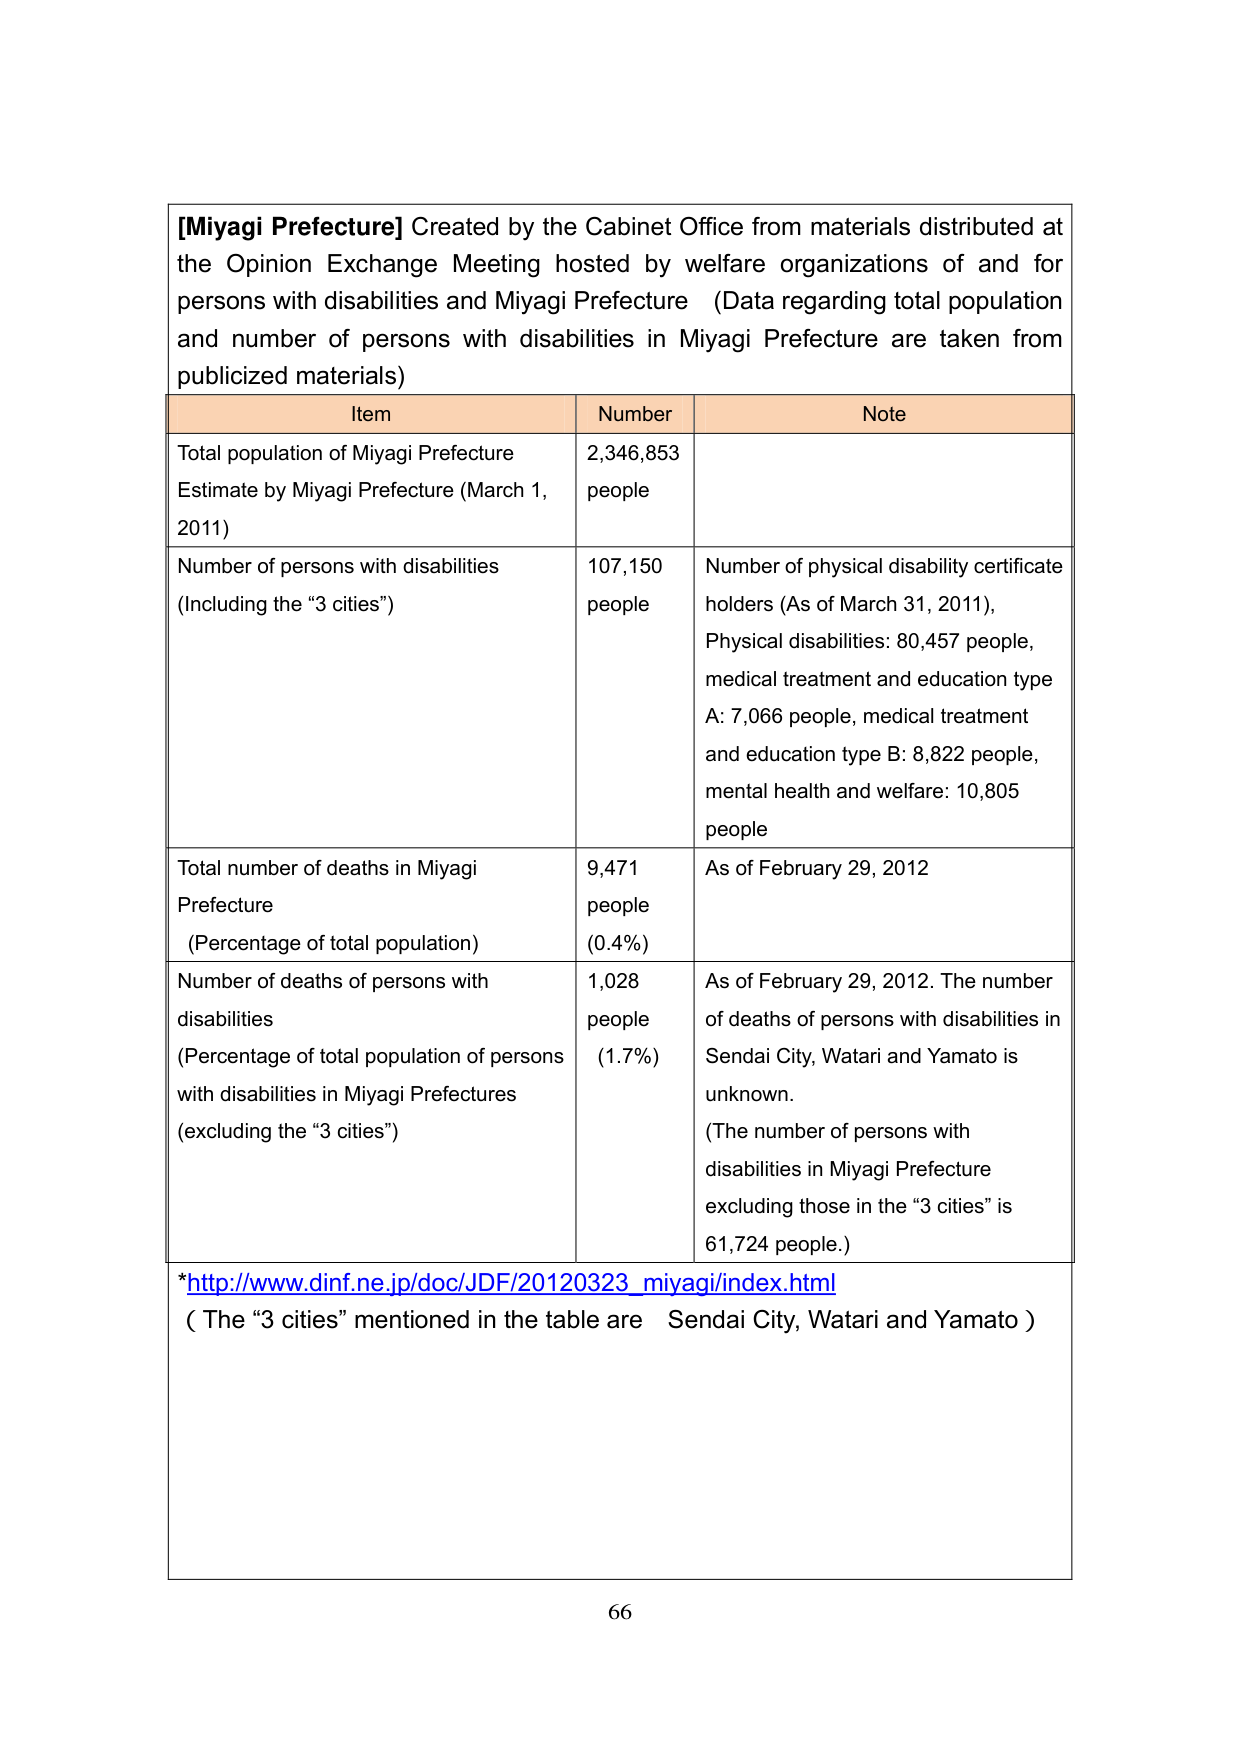
[Miyagi Prefecture] Created by the Cabinet Office from materials distributed at the Opinion Exchange Meeting hosted by welfare organizations of and for persons with disabilities and Miyagi Prefecture (Data regarding total population and number of persons with disabilities in Miyagi Prefecture are taken from publicized materials)

Item                      Number               Note
Total population of Miyagi Prefecture Estimate by Miyagi Prefecture (March 1, 2011)    2,346,853 people
Number of persons with disabilities (Including the “3 cities”)    107,150 people    Number of physical disability certificate holders (As of March 31, 2011), Physical disabilities: 80,457 people, medical treatment and education type A: 7,066 people, medical treatment and education type B: 8,822 people, mental health and welfare: 10,805 people
Total number of deaths in Miyagi Prefecture (Percentage of total population)    9,471 people (0.4%)    As of February 29, 2012
Number of deaths of persons with disabilities (Percentage of total population of persons with disabilities in Miyagi Prefectures (excluding the “3 cities”)    1,028 people (1.7%)    As of February 29, 2012. The number of deaths of persons with disabilities in Sendai City, Watari and Yamato is unknown. (The number of persons with disabilities in Miyagi Prefecture excluding those in the “3 cities” is 61,724 people.)

*http://www.dinf.ne.jp/doc/JDF/20120323_miyagi/index.html
(The “3 cities” mentioned in the table are Sendai City, Watari and Yamato)

66